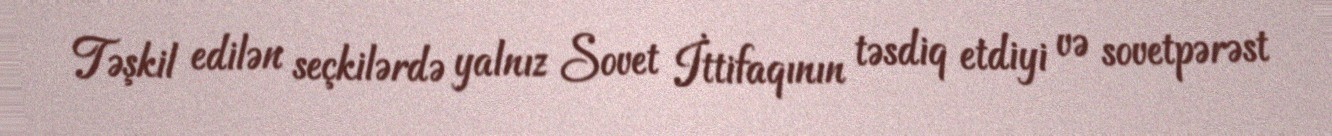
Təşkil edilən seçkilərdə yalnız Sovet İttifaqının təsdiq etdiyi və sovetpərəst